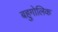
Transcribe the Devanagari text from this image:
बहुगोलिक